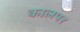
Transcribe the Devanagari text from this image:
कालपर